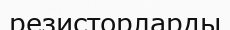
резисторларды